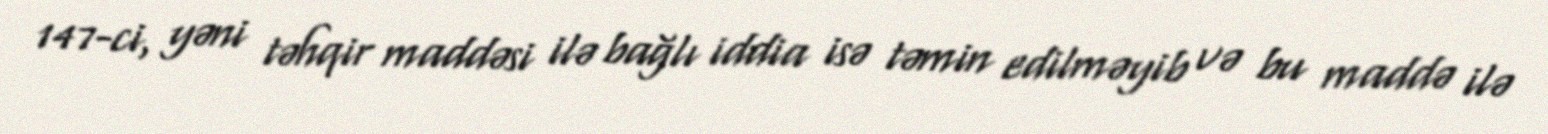
147-ci, yəni təhqir maddəsi ilə bağlı iddia isə təmin edilməyib və bu maddə ilə